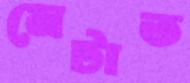
মেটাত